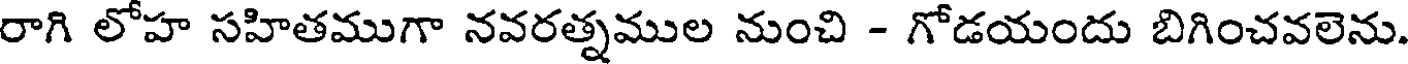
రాగి లోహ సహితముగా నవరత్నముల నుంచి - గోడయందు బిగించవలెను.